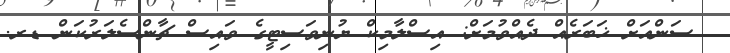
ސަންއަށް ޚަބަރެއް ދެއްވުމަށް: އިސްލާމިކް ޔުނިވަސިޓީގެ ވައިސް ޗާންސެލަރުކަން ޑރ.